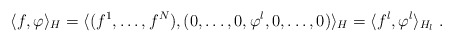
\begin{align*}\langle f, \varphi\rangle_H=\langle (f^1,\dots,f^N), (0,\dots,0,\varphi^l,0,\dots,0)\rangle_H=\langle f^l, \varphi^l\rangle_{H_l}\; .\end{align*}